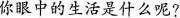
你眼中的生活是什么呢?